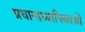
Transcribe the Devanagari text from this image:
प्रधानाध्यापिकाओं